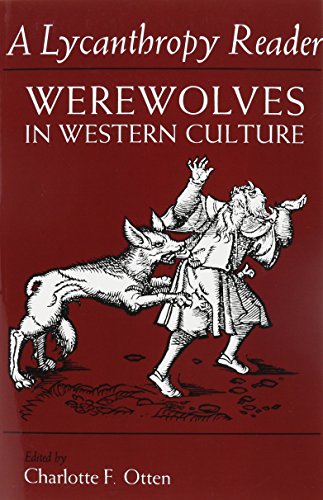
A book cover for A Lycanthropy Reader: Werewolves in Western Culture; Literature & Fiction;